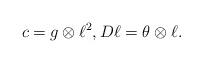
LaTeX: \begin{align*}c = g\otimes \ell^2,D\ell = \theta \otimes \ell.\end{align*}